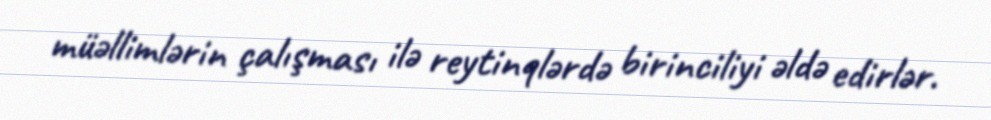
müəllimlərin çalışması ilə reytinqlərdə birinciliyi əldə edirlər.